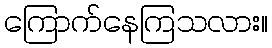
ကြောက်နေကြသလား။